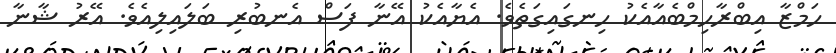
ހަމްޒާ އިބްރާހިމްބެއާއެކު ހިނގައިގަތެވެ. އެޔާއެކު އޭނާ ފަސް އެނބުރި ބަލައިލިއެވެ. އޭރު ޝާނާ